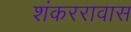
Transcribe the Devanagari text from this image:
शंकररावास